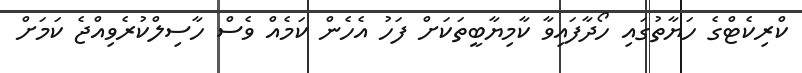
ކްރިކެޓްގެ ހަޔާތުގައި ހޯދާފައިވާ ކާމިޔާބީތަކަށް ފަހު އެހެން ކަމެއް ވެސް ހާސިލްކުރެވިއްޖެ ކަމަށް